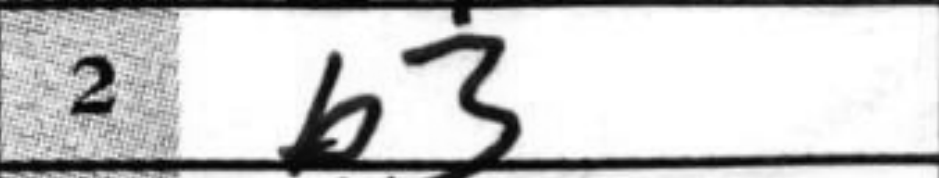
Transcription: b3